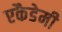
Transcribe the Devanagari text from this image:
एकैडेमी